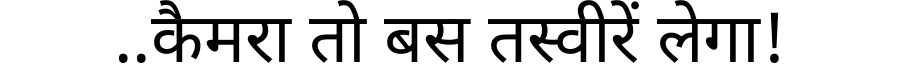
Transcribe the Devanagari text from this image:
..कैमरा तो बस तस्वीरें लेगा!